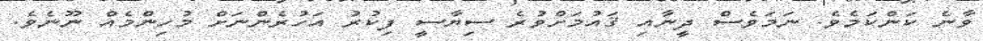
ވާނެ ކަންކަމެވެ. ނަމަވެސް ދީނާއި ޤައުމަށްވުރެ ސިޔާސީ ފިކުރު އަހުރެންނަށް މުހިންމެއް ނޫނެވެ.